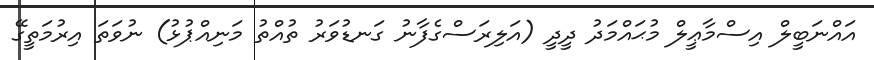
އައްނަބީލް އިސްމާޢީލް މުޙައްމަދު ދީދީ (އަލިރަސްގެފާނު ގަނޑުވަރު ތުއްތު މަނިއްޕުޅު) ނުވަތަ އިރުމަތީގޭ